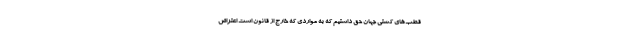
قطب‌های کشتی جهان حق داشتیم که به مواردی که خارج از قانون است اعتراض